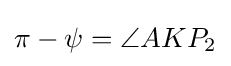
\pi -\psi =\angle AKP_{2}